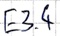
Text: E3.4